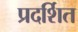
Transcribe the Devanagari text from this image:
प्रदर्शित